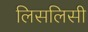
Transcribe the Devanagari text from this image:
लिसलिसी